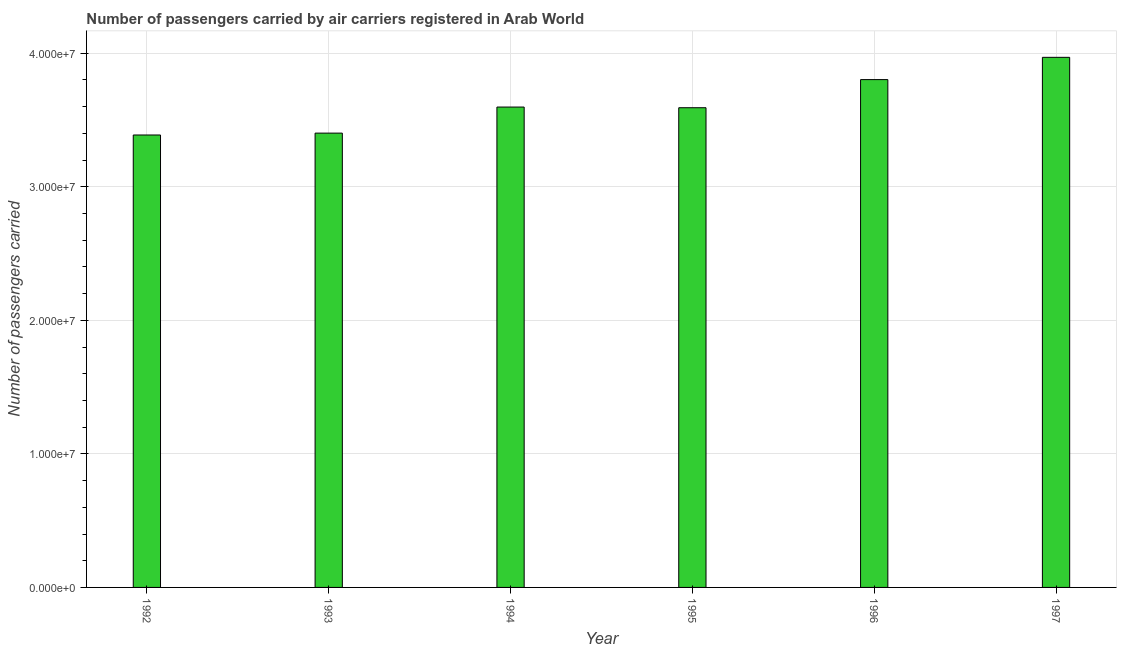
| Year | Air transport |
 | --- | --- |
 | 1992 | 3.39e+07 |
 | 1993 | 3.4e+07 |
 | 1994 | 3.6e+07 |
 | 1995 | 3.59e+07 |
 | 1996 | 3.8e+07 |
 | 1997 | 3.97e+07 |